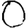
Digit: 0